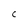
Character: C